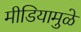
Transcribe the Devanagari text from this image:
मीडियामुळे